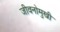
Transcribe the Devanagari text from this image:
जीवनोमुखी